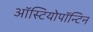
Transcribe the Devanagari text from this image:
ऑस्टियोपॉन्टिन